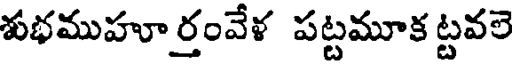
శుభముహూర్తంవేళ పట్టమూక ట్టవలె